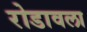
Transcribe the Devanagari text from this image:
रोडावला